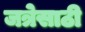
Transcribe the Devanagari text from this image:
जत्रेसाठी